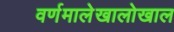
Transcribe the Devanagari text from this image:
वर्णमालेखालोखाल